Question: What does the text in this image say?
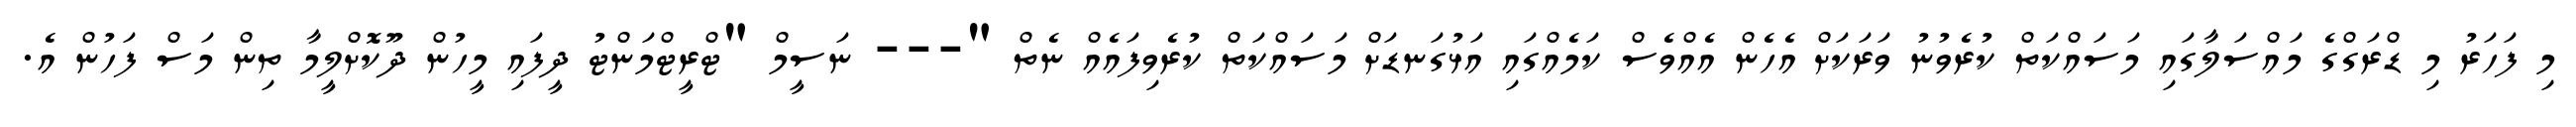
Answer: މި ފަހަރު މި ޑްރަގްގެ މައްސަލާގައި މަސައްކަތް ކުރެވުނު ވަރަކަށް އެހެން އެއްވެސް ކަމެއްގައި އަޅުގަނޑަށް މަސައްކަތް ކުރެވިފައެއް ނެތް "--- ނަސީމް "ޓްރީޓްމަންޓު ދީފައި މީހުން ދޫކޮށްލީމާ ތިން މަސް ފަހުން އެ.